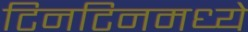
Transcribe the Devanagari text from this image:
टिनटिनमध्ये